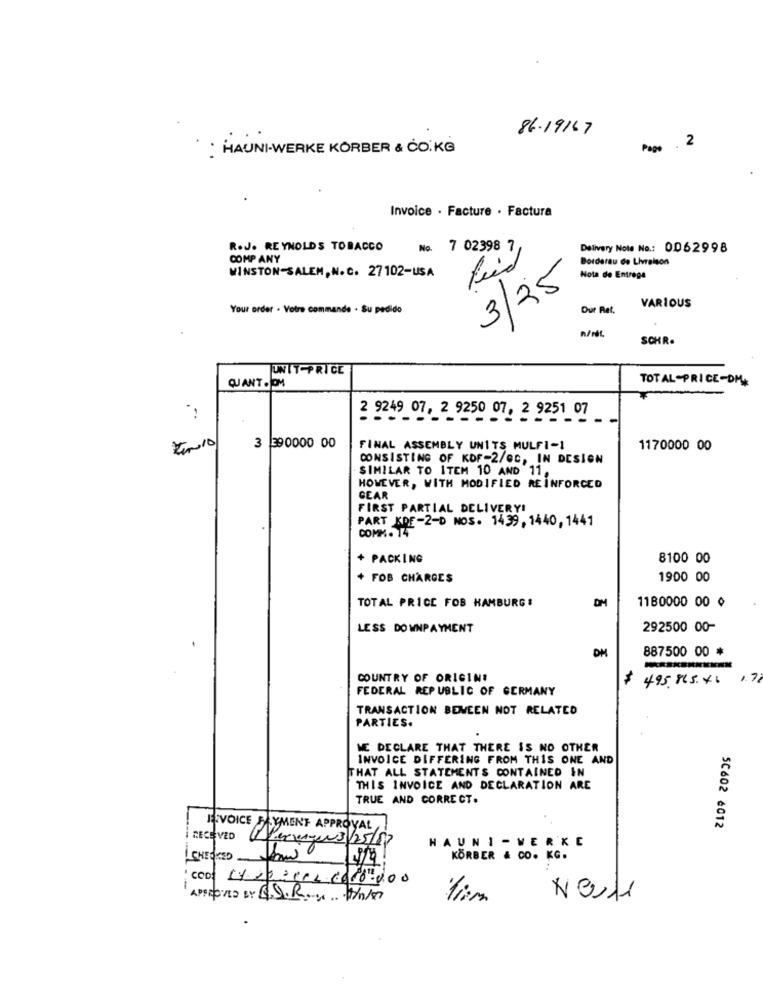
86.19167
: HAUNI-WERKE KÖRBER & CO.KG
Pago
. 2
Invoice . Facture . Factura
R.J. REYNOLDS TOBACCO
No. 7 02398 7,
Delivery Note No .: 0062998
COMP ANY
feed
Borderau de Livraison
WINSTON-SALEM, N. C. 27102-USA
Nota de Entrega
3/25
Your order . Votre commande . Su pedido
Dur Ret.
VARIOUS
n/rL
SCHR.
UNIT PRICE
TOTAL -PRICE-DM+
QUANT. OM
2 9249 07, 2 9250 0
250 07, 2 9251 07
3 390000 00
FINAL ASSEMBLY UNITS MULFI-1
1170000 00
CONSISTING OF KDF-2/GC, IN DESIGN
SIMILAR TO ITEM 10 AND 11,
HOWEVER, WITH MODIFIED REINFORCED
GEAR
FIRST PARTIAL DELIVERY!
PART KDE-2-D NOS. 1439, 1440, 1441
COMM. 14
+ PACKING
8100 00
+ FOB CHARGES
1900 00
TOTAL PRICE FOB HAMBURG #
DM
1180000 00 0
LESS DOWNPAYMENT
292500 00-
DH
887500 00 *
COUNTRY OF ORIGIN!
$ 495.865.46
FEDERAL REPUBLIC OF GERMANY
TRANSACTION BEMEEN NOT RELATED
PARTIES.
WE DECLARE THAT THERE IS NO OTHER
INVOICE DIFFERING FROM THIS ONE AND
THAT ALL STATEMENTS CONTAINED IN
THIS INVOICE AND DECLARATION ARE
TRUE AND CORRECT.
5C602 6012
JEVOICE SAYMENT APPROVAL
RECE VED
Peruur3/25/87
HAUNI - WERKE
CHECKED - Krw
KÖRBER & CO. KG.
COD: LY Dec CAL 0010.000
APPROVED BY A.S.R ..... . 1/07